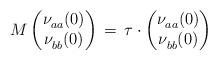
LaTeX: \begin{align*} M \begin{pmatrix} \nu^{}_{aa} (0) \\ \nu^{}_{bb} (0) \end{pmatrix} \, = \, \tau \cdot \begin{pmatrix} \nu^{}_{aa} (0) \\ \nu^{}_{bb} (0) \end{pmatrix} \end{align*}